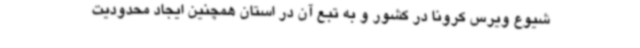
شیوع ویرس کرونا در کشور و به تبع آن در استان همچنین ایجاد محدودیت